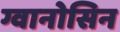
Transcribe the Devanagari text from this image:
ग्वानोसिन